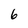
Character: 6